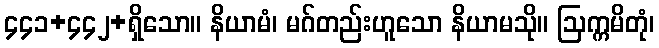
၄၄၁+၄၄၂+ရှိသော။ နိယာမံ၊ မဂ်တည်းဟူသော နိယာမသို။ ဩက္ကမိတုံ၊